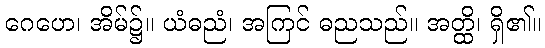
ဂေဟေ၊ အိမ်၌။ ယံဓညံ၊ အကြင် ဓညသည်။ အတ္ထိ၊ ရှိ၏။